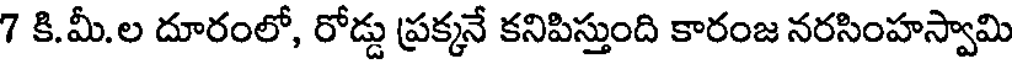
7 కి.మీ.ల దూరంలో, రోడ్డు ప్రక్కనే కనిపిస్తుంది కారంజ నరసింహస్వామి